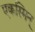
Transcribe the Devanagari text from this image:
एकस्मिन्